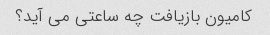
کامیون بازیافت چه ساعتی می آید؟